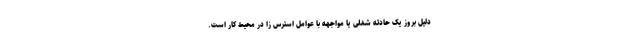
دلیل بروز یک حادثه شغلی یا مواجهه با عوامل استرس زا در محیط کار است.